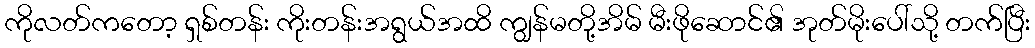
ကိုလတ်ကတော့ ရှစ်တန်း ကိုးတန်းအရွယ်အထိ ကျွန်မတို့အိမ် မီးဖိုဆောင်၏ အုတ်မိုးပေါ်သို့ တက်ပြီး